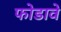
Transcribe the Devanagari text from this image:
फोडावे